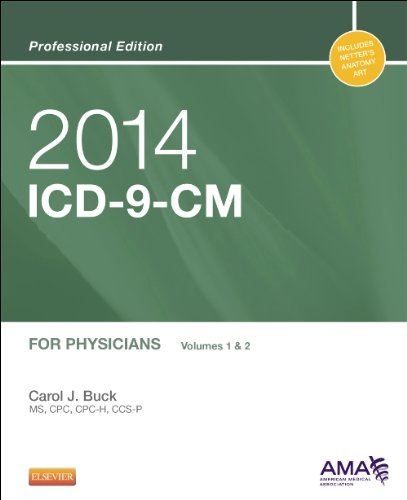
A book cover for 2014 ICD-9-CM for Physicians, Volumes 1 and 2 Professional Edition, 1e; Carol J. Buck MS  CPC  CCS-P; Medical Books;